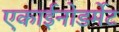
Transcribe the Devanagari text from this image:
एकाईनोडर्मेट